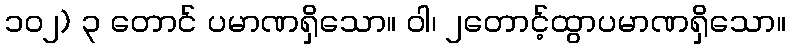
၁၀၂) ၃ တောင် ပမာဏရှိသော။ ဝါ၊ ၂တောင့်ထွာပမာဏရှိသော။